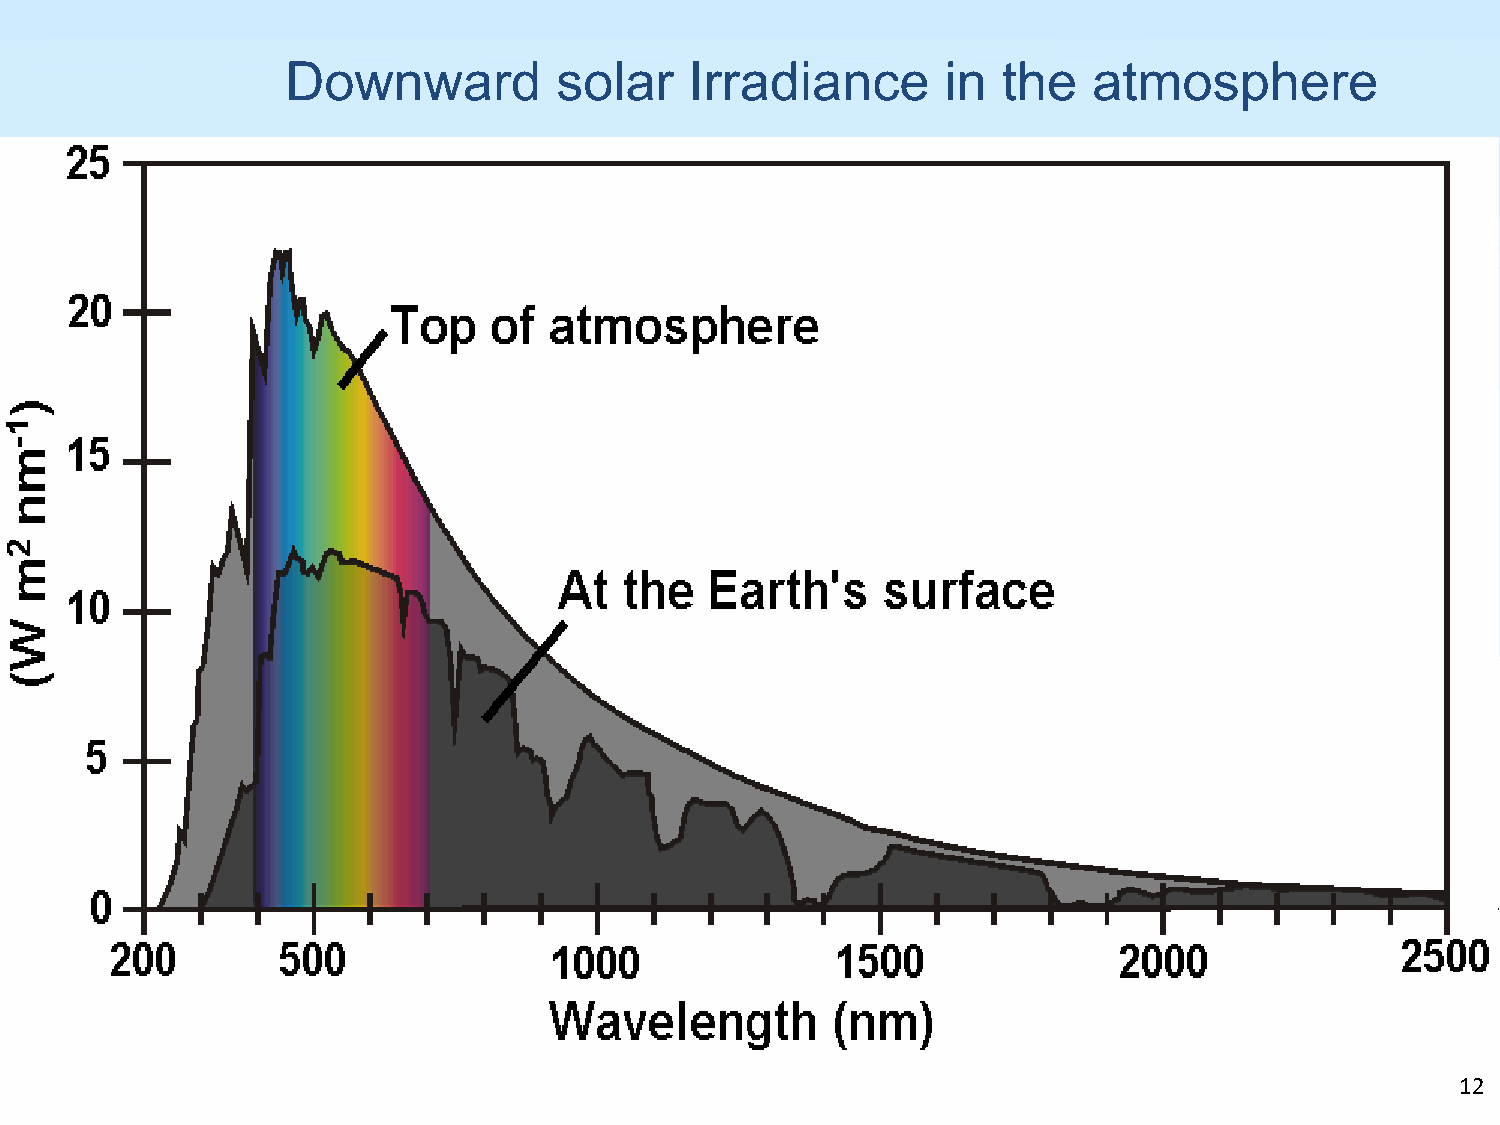
Downward          solar    Irradiance       in the   atmosphere
 12